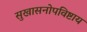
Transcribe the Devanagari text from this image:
सुखासनोपविष्टाय